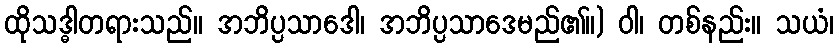
ထိုသဒ္ဓါတရားသည်။ အဘိပ္ပသာဒေါ၊ အဘိပ္ပသာဒေမည်၏။) ဝါ၊ တစ်နည်း။ သယံ၊